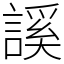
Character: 謑